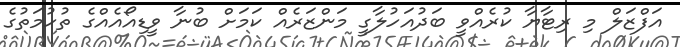
އަފްޒަލް މި ރިޓާޔާ ކުރެއްވީ ބަދުއަހުލާގީ މަންޒަރެއް ކަމަށް ބުނާ ވީޑިއޯއެއްގެ ތުހުމަތުގެ